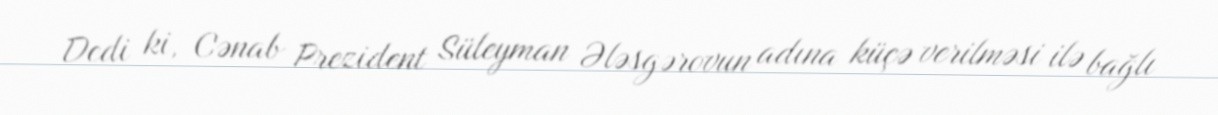
Dedi ki, Cənab Prezident Süleyman Ələsgərovun adına küçə verilməsi ilə bağlı